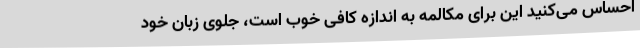
احساس می‌کنید این برای مکالمه به اندازه کافی خوب است، جلوی زبان خود